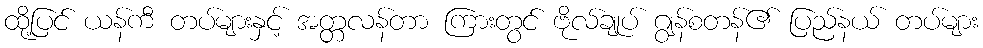
ထို့ပြင် ယန်ကီ တပ်များနှင့် အတ္တလန်တာ ကြားတွင် ဗိုလ်ချုပ် ဂျွန်စတန်၏ ပြည်နယ် တပ်များ